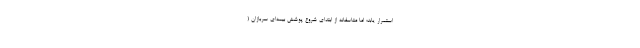
استمرار یابد؛ اما متاسفانه از ابتدای شروع پوشش بیمه‌ای سربازان (